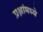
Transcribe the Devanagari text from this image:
प्रश्नांमध्ये